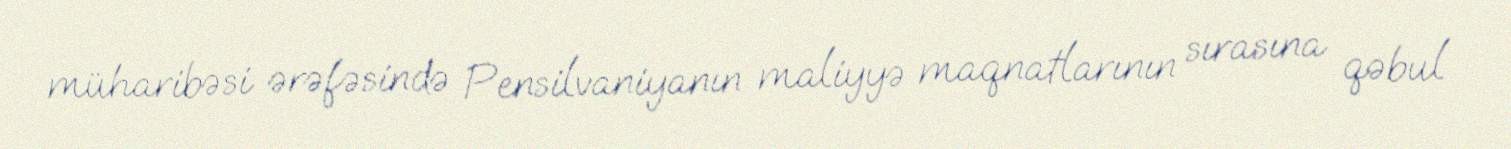
müharibəsi ərəfəsində Pensilvaniyanın maliyyə maqnatlarının sırasına qəbul